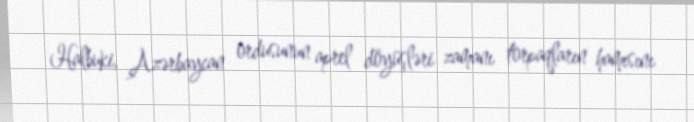
Halbuki, Azərbaycan ordusunun aprel döyüşləri zamanı torpaqların hamısını